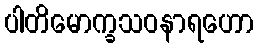
ပါတိမောက္ခသဝနာရဟော